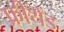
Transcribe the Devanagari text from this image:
फ्रीथेंड